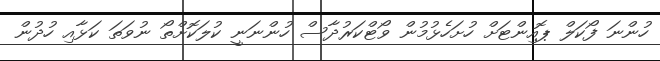
ހުންނަ ފޯކަލް ޕޮއިންޓަށް ހުށަހެޅުމުން ވޯޓްކަރުދާސް ހުންނަނީ ކުލަކޮށްތޯ ނުވަތަ ކަޅާއި ހުދުން